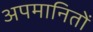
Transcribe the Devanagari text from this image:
अपमानितों